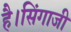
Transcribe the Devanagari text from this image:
है।सिंगाजी